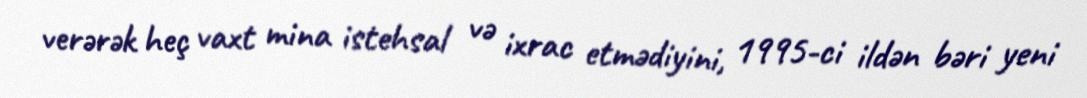
verərək heç vaxt mina istehsal və ixrac etmədiyini, 1995-ci ildən bəri yeni